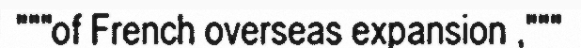
"""of French overseas expansion ,"""